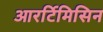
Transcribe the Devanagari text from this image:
आरर्टिमिसिन